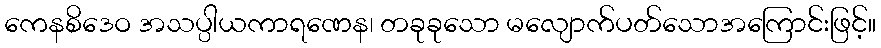
ကေနစိဒေဝ အသပ္ပါယကာရဏေန၊ တခုခုသော မလျောက်ပတ်သောအကြောင်းဖြင့်။